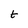
Character: t